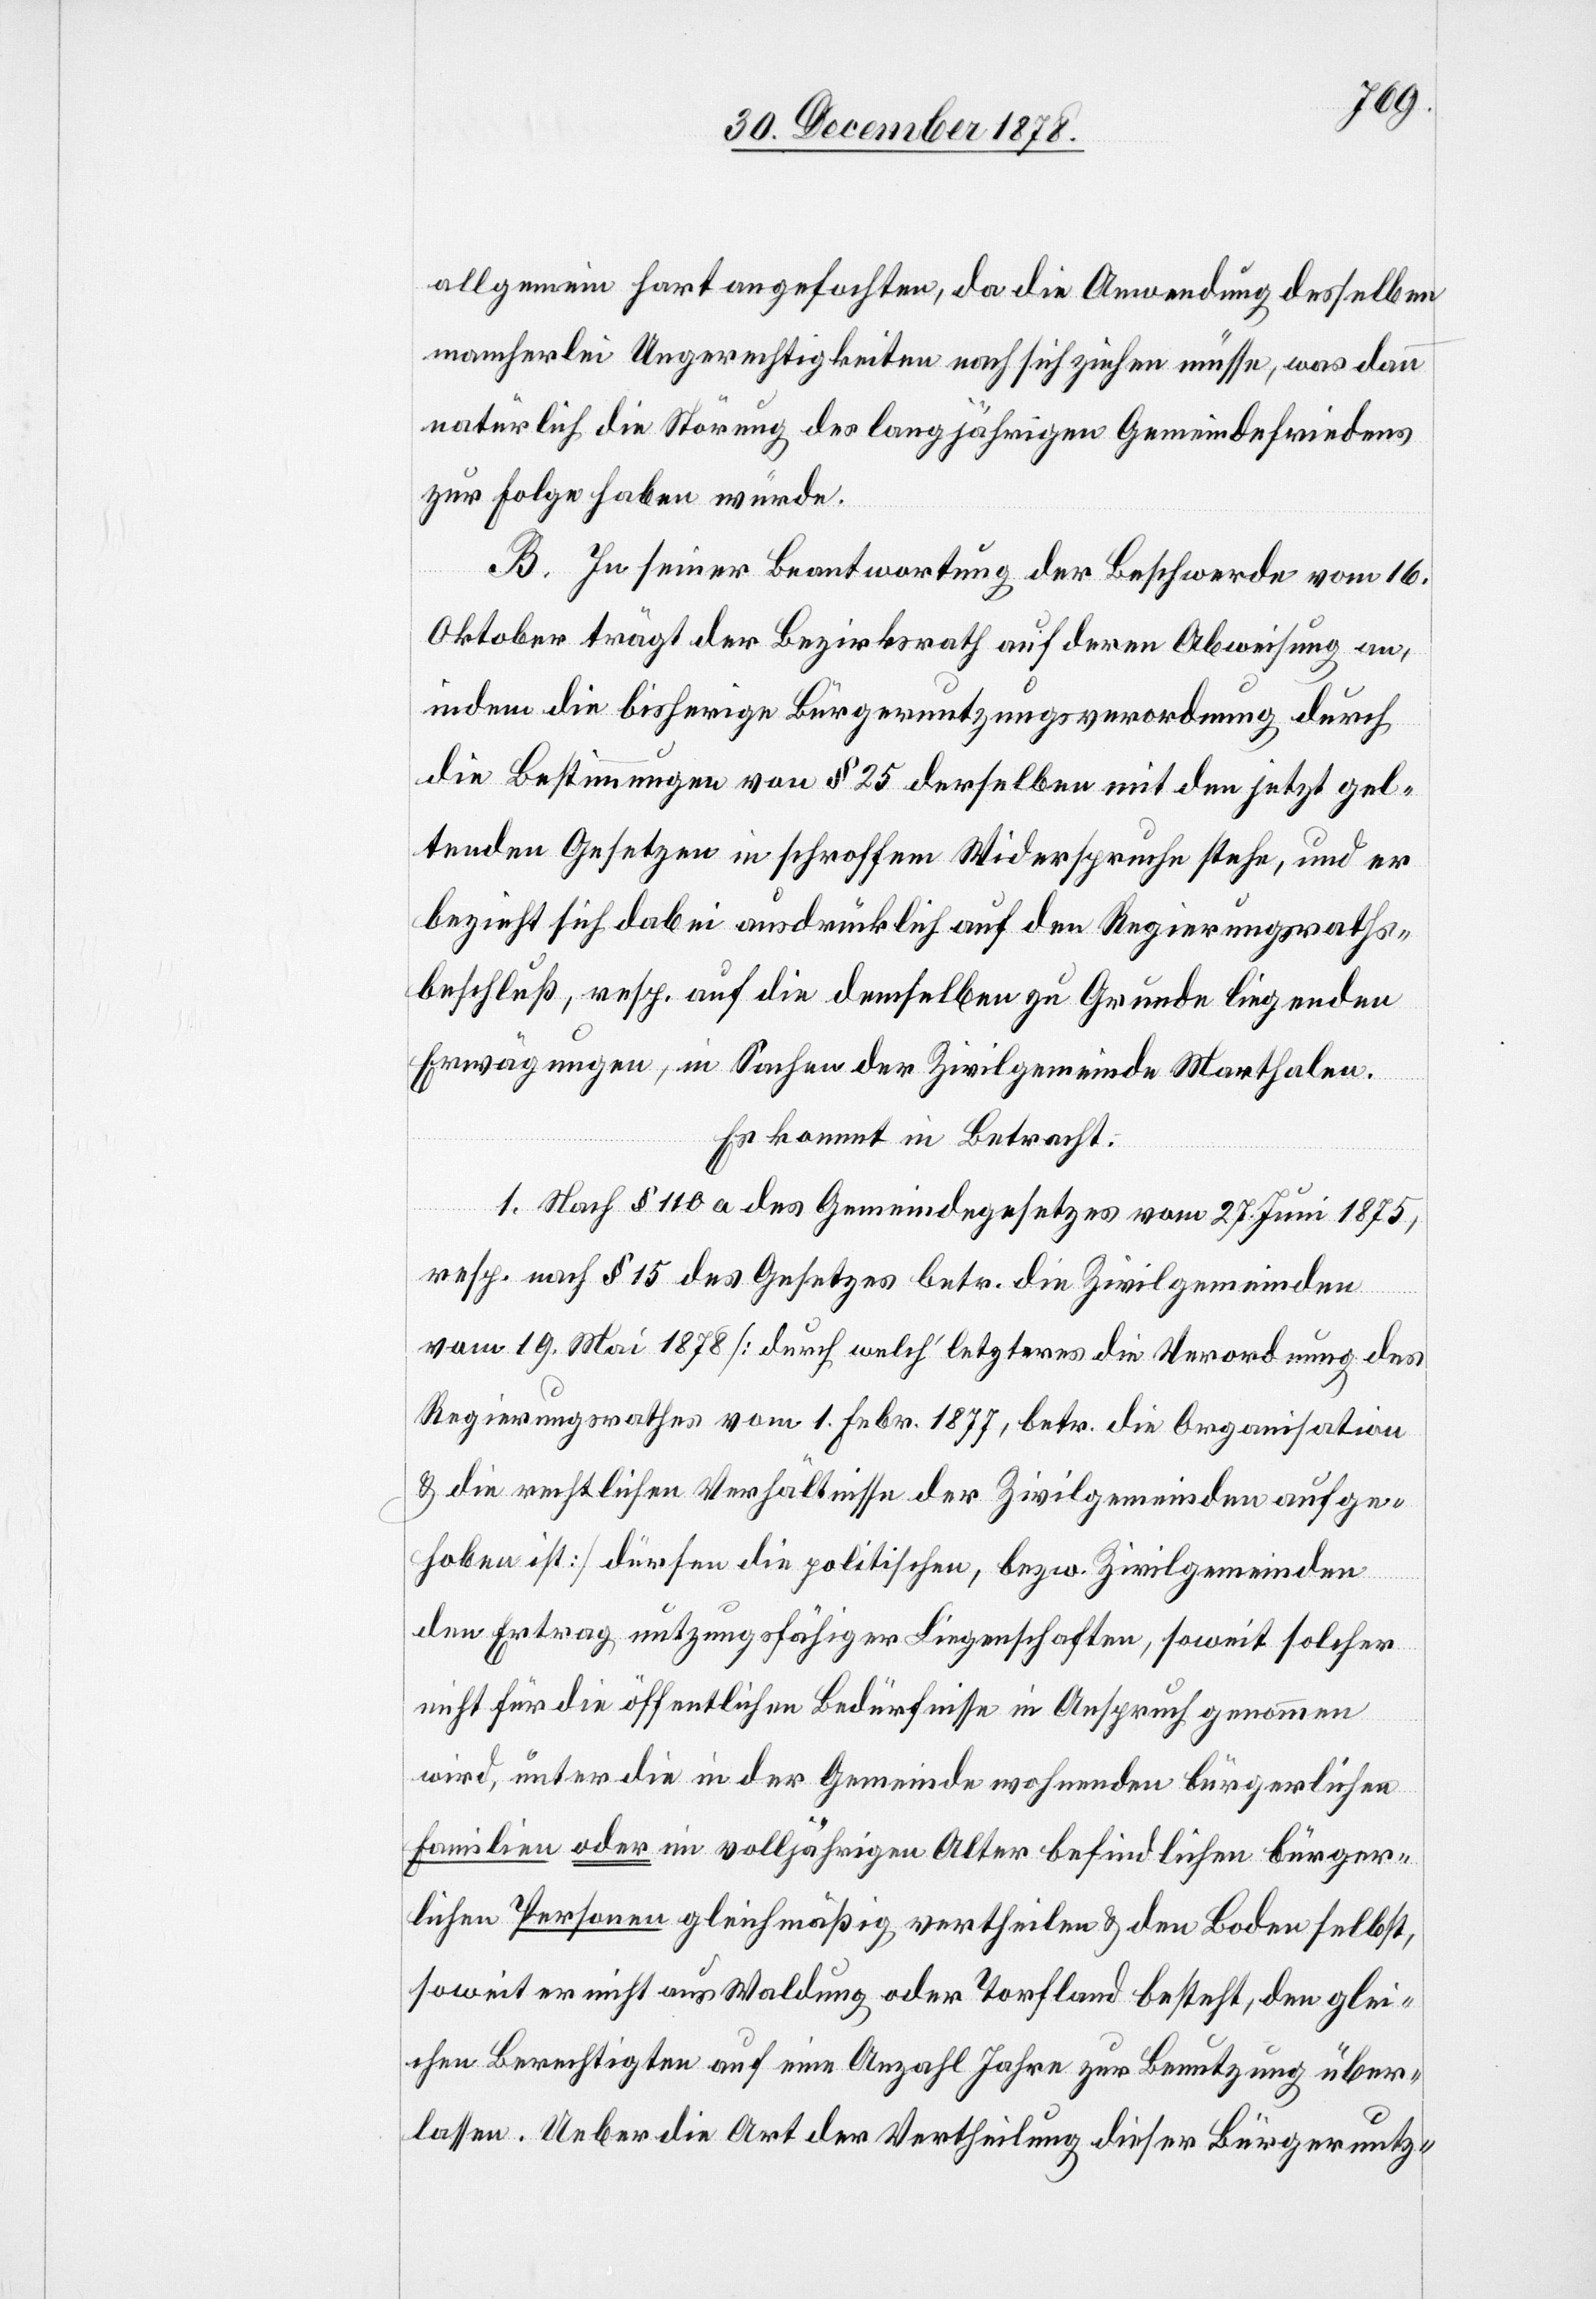
allgemein hart angefochten, da die Anwendung desselben
mancherlei Ungerechtigkeiten nach sich ziehen müsse, was dann
natürlich die Störung des langjährigen Gemeindefriedens
zur Folge haben würde.
B. In seiner Beantwortung der Beschwerde vom 16.
Oktober trägt der Bezirksrath auf deren Abweisung an,
indem die bisherige Bürgernutzungsverordnung durch
die Bestimmungen von § 25 derselben mit dem jetzt gel¬
tenden Gesetze in schroffem Widerspruche stehe, und er
bezieht sich dabei ausdrücklich auf den Regierungsraths¬
beschluß, resp. auf die demselben zu Grunde liegenden
Erwägungen, in Sachen der Zivilgemeinde Marthalen.
Es kommt in Betracht:
1. Nach § 110a des Gemeindegesetzes vom 27. Juni 1875,
resp. nach § 15 des Gesetzes betr. die Zivilgemeinden
vom 19. Mai 1878 [durch welch’ letzteres die Verordnung des
Regierungsrathes vom 1. Febr. 1877, betr. die Organisation
& die rechtlichen Verhältnisse der Zivilgemeinden aufge¬
hoben ist] dürfen die politischen, bezw. Zivilgemeinden
den Ertrag nutzungsfähiger Liegenschaften, soweit solcher
nicht für die öffentlichen Bedürfnisse in Anspruch genommen
wird, unter die in der Gemeinde wohnenden bürgerlichen
Familien oder im volljährigen Alter befindlichen bürger¬
lichen Personen gleichmäßig vertheilen & den Boden selbst,
soweit er nicht aus Waldung oder Torfland besteht, den glei¬
chen Berechtigten auf eine Anzahl Jahre zur Benutzung über¬
lassen. Ueber die Art der Vertheilung dieser Bürgernutz-